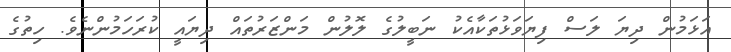
އަޅަމުން ދިޔަ ލަސް ފިޔަވަޅުތަކާއެކު ނަބީލުގެ ލޮލުން މަންޒަރުތައް ދިޔައީ ކުރަހަމުންނެވެ. ހިތުގެ